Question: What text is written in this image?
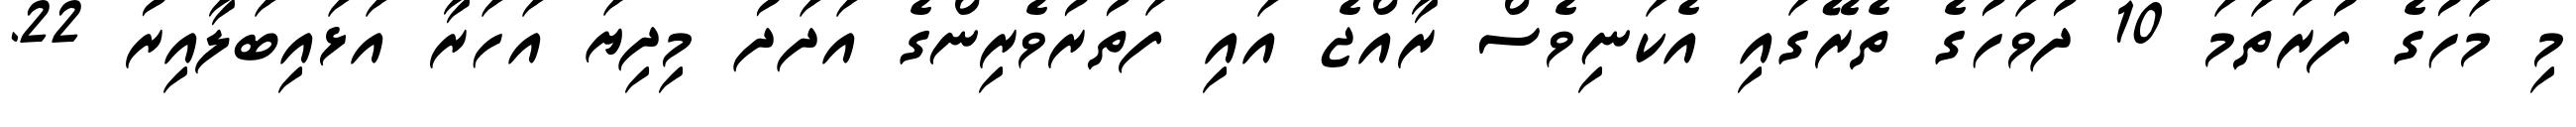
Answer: މި މަހުގެ ފުރަތަމަ 10 ދުވަހުގެ ތެރޭގައި އެކަނިވެސް ރާއްޖެ އައި ފަތުރުވެރިންގެ އަދަދު މިދިޔަ އަހަރާ އަޅައިބަލާއިރު 22.